Lunatic asylums Madras 1892-1911 - 1892-1911
Year: 1892
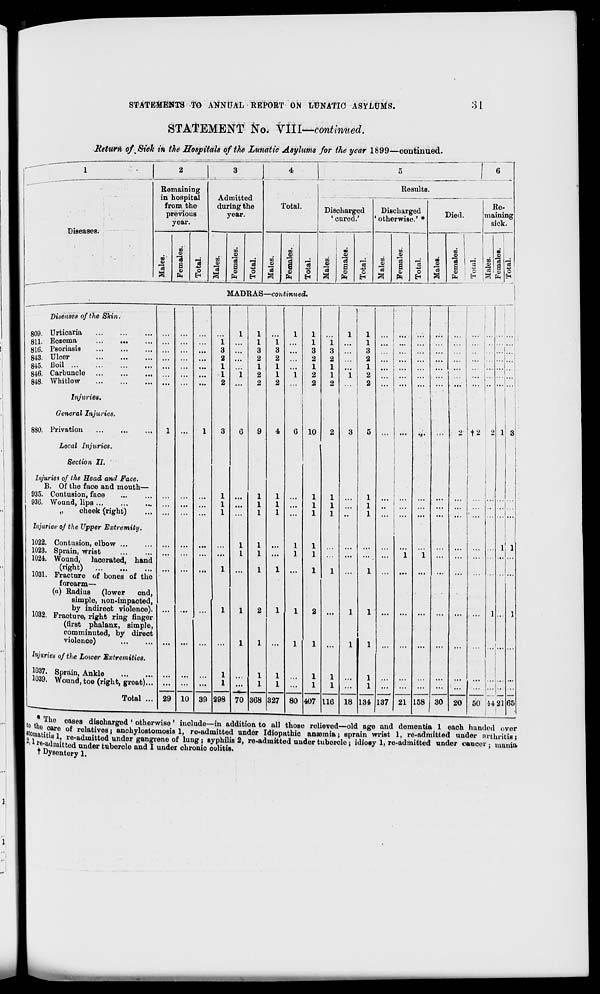
STATEMENTS TO ANNUAL REPORT ON LUNATIC ASYLUMS.
31
STATEMENT No. VIII—continued.
Return of^St'ck in the Hospitals of the Lunatic Asylums for the year 1899—continued.
1
2
3
- -
4
5
1 — 6
Remaining
in hospital
Admitted
Results.
from the
previous
year.
during the
year.
fotal.
Disoharged
' cured.'
Discharged
1 otherwise.' *
] Died.
Re-
maining
sick.
Diseases.
GO
CO
-a
co
S
H
a
ID
fa
3 o
03
CO
00
V
a
fa
*3
o
CO
CO
"3
CQ
1
fa
la
o
EH
CO
,2
s
a
CO
fa
'as
oi
CO
CO
CO
fa
o
EH
act
CO
CO
CO
la
a
CO
fa
*3
1
CO
CO
■ a
09
JD
"3
a
33
fa
3
0
MADRAS—continued.
Diseases of the Skin,
809. Urticaria
811. Eozema
...
...
816. Psoriasis
843. Ulcer
815. Boil
846. Carbuncle
848. Whitlow
Injuries.
General Injuries.
880. Privation
Local Injuries.
Section II. '
Injuries of the Head and Face.
B. Of the face and mouth—
935. Contusion, faoe
936. Wound, lips
„
cheek (right)
Injuries-of the Upper Extremity.
1022. Contusion, elbow ...
1023. Sprain, wrist
1024. Wound, laoerated, hand
(«gbt)
1031. Fracture of bones of the
forearm—
(«) Radius (lower
end,
simple, non-impacted,
by indirect violence).
1032. Fracture, right ring finger
(first phalanx, simple,
comminuted, by direct
violence)
Injuries of the Loiver Extremities.
1037. Sprain, Ankle
1039. Wound, toe (right, great)...
Total ...
1
3
2
1
1
2
1
1
1
3
2
1
1
2
2
9
29 10 39 298
4
1
1
1
3
2
1
1
2
2
6 10
70 3G8 327
I
1
1
3
2
1
1
2
2
80 407 116 18 134 137 21 158
|2
30 20
1 1
I
50 44 21
• T
Tlio cases disoharged ' otherwise' include—in addition to all those relieved—old age and dementia 1 each handed over
i oare of MUMIIM . Qnni,„i„ 0 ( n .^n n ; n i -„ „A~.:U.~A —J— ".•
a-'-
-•-.■. . -^-admitted under arthritis"
itted under cancer ; mania
Uomfttv 8 *? °f relafcives i anohylostomosis 1, re-admitted under Idiopathio anannia; sprain wrist 1, re-i
i 1 . i i re ' adui » tt ed under gangrene of lung; syphilis 2, re-admitted under tubercle j idioey 1, re-admit
' * e -aanntt 0 d under tubercle and I under chronic oolitis.
T Dysentery 1.